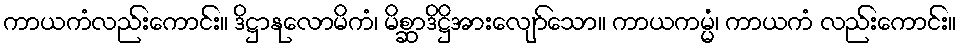
ကာယကံလည်းကောင်း။ ဒိဋ္ဌာနုလောမိကံ၊ မိစ္ဆာဒိဋ္ဌိအားလျော်သော။ ကာယကမ္မံ၊ ကာယကံ လည်းကောင်း။